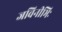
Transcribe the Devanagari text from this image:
जविनीभिः